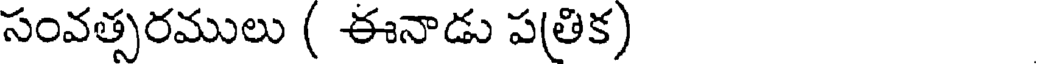
సంవత్సరములు ( ఈనాడు ప(తిక)